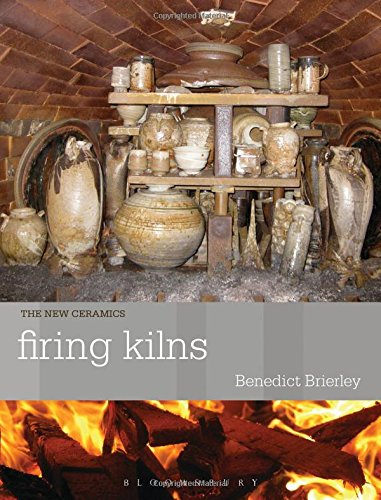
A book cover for Firing Kilns (The New Ceramics); Benedict Brierley; Arts & Photography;